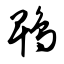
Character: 鹎